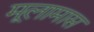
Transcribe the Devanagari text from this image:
मूलामास